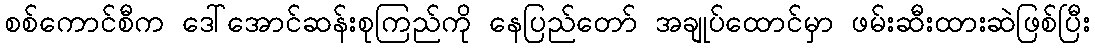
စစ်ကောင်စီက ဒေါ်အောင်ဆန်းစုကြည်ကို နေပြည်တော် အချုပ်ထောင်မှာ ဖမ်းဆီးထားဆဲဖြစ်ပြီး